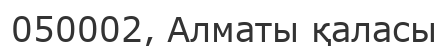
050002, Алматы қаласы